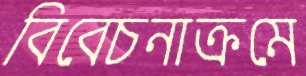
বিবেচনাক্রমে